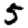
Digit: 5